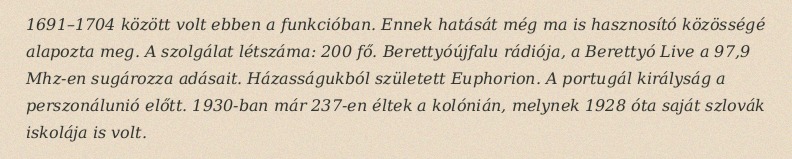
1691–1704 között volt ebben a funkcióban. Ennek hatását még ma is hasznosító közösségé alapozta meg. A szolgálat létszáma: 200 fő. Berettyóújfalu rádiója, a Berettyó Live a 97,9 Mhz-en sugározza adásait. Házasságukból született Euphorion. A portugál királyság a perszonálunió előtt. 1930-ban már 237-en éltek a kolónián, melynek 1928 óta saját szlovák iskolája is volt.